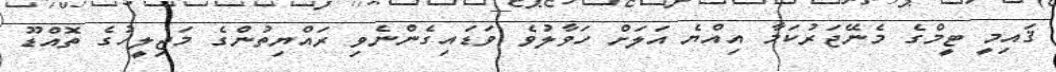
ޤައިމީ ޓީމްގެ މެނޭޖަރުކަމާ އިއްޔެ އަލަށް ހަވާލުވެ ވަޑައިގެންނެވި ރައްޔިތުންގެ މަޖިލީހުގެ ތޮއްޑޫ